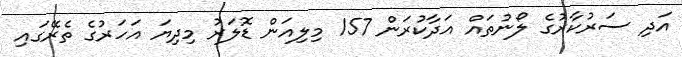
އަދި ސަރުކާރުގެ ލޯނުތައް އަދާކުރަން 157 މިލިއަން ޑޮލަރު މިދިޔަ އަހަރުގެ ތެރޭގައި